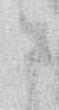
さ